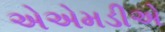
એએમડીએ